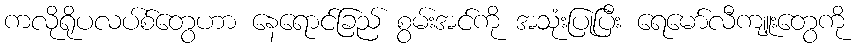
ကလိုရိုပလပ်စ်တွေဟာ နေရောင်ခြည် စွမ်းအင်ကို အသုံးပြုပြီး ရေမော်လီကျူးတွေကို